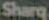
Sharq